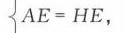
\(\left\{AE = HE,\right.\)